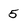
Character: 5